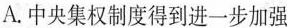
A.中央集权制度得到进一步加强